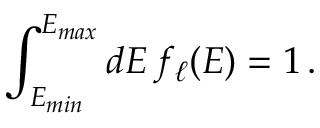
\int _ { E _ { m i n } } ^ { E _ { m a x } } d E \, f _ { \ell } ( E ) = 1 \, .